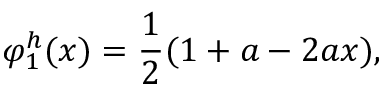
\varphi _ { 1 } ^ { h } ( x ) = { \frac { 1 } { 2 } } ( 1 + a - 2 a x ) ,